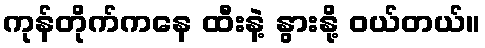
ကုန်တိုက်ကနေ ထီးနဲ့ နွားနို့ ဝယ်တယ်။